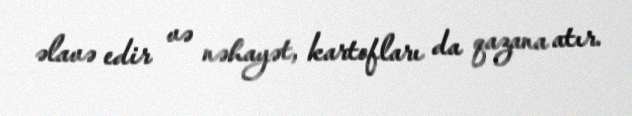
əlavə edir və nəhayət, kartofları da qazana atır.